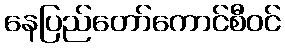
နေပြည်တော်ကောင်စီဝင်